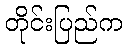
တိုင်းပြည်က